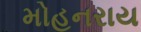
મોહનરાય